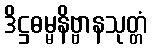
ဒိဋ္ဌဓမ္မနိဗ္ဗာနသုတ္တံ